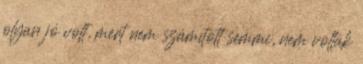
olyan jó volt, mert nem számított semmi, nem voltak